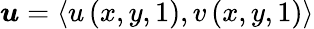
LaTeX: \boldsymbol{u}=\left<u\left(x,y,1\right),v\left(x,y,1\right)\right>